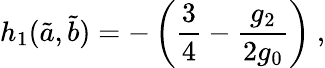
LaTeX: h_{1}(\tilde{a},\tilde{b})=-\left(\frac{3}{4}-\frac{g_{2}}{2g_{0}}\right)~,